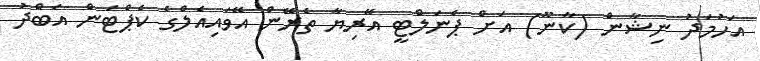
އަހުމަދު ނިޝާން (ކާނޫ) އަށް ޕެނަލްޓީ އޭރިޔާ ތެރޭން އޭވައިއެލްގެ ކެޕްޓަން އަބްދު